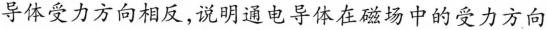
导体受力方向相反，说明通电导体在磁场中的受力方向